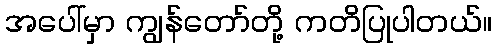
အပေါ်မှာ ကျွန်တော်တို့ ကတိပြုပါတယ်။